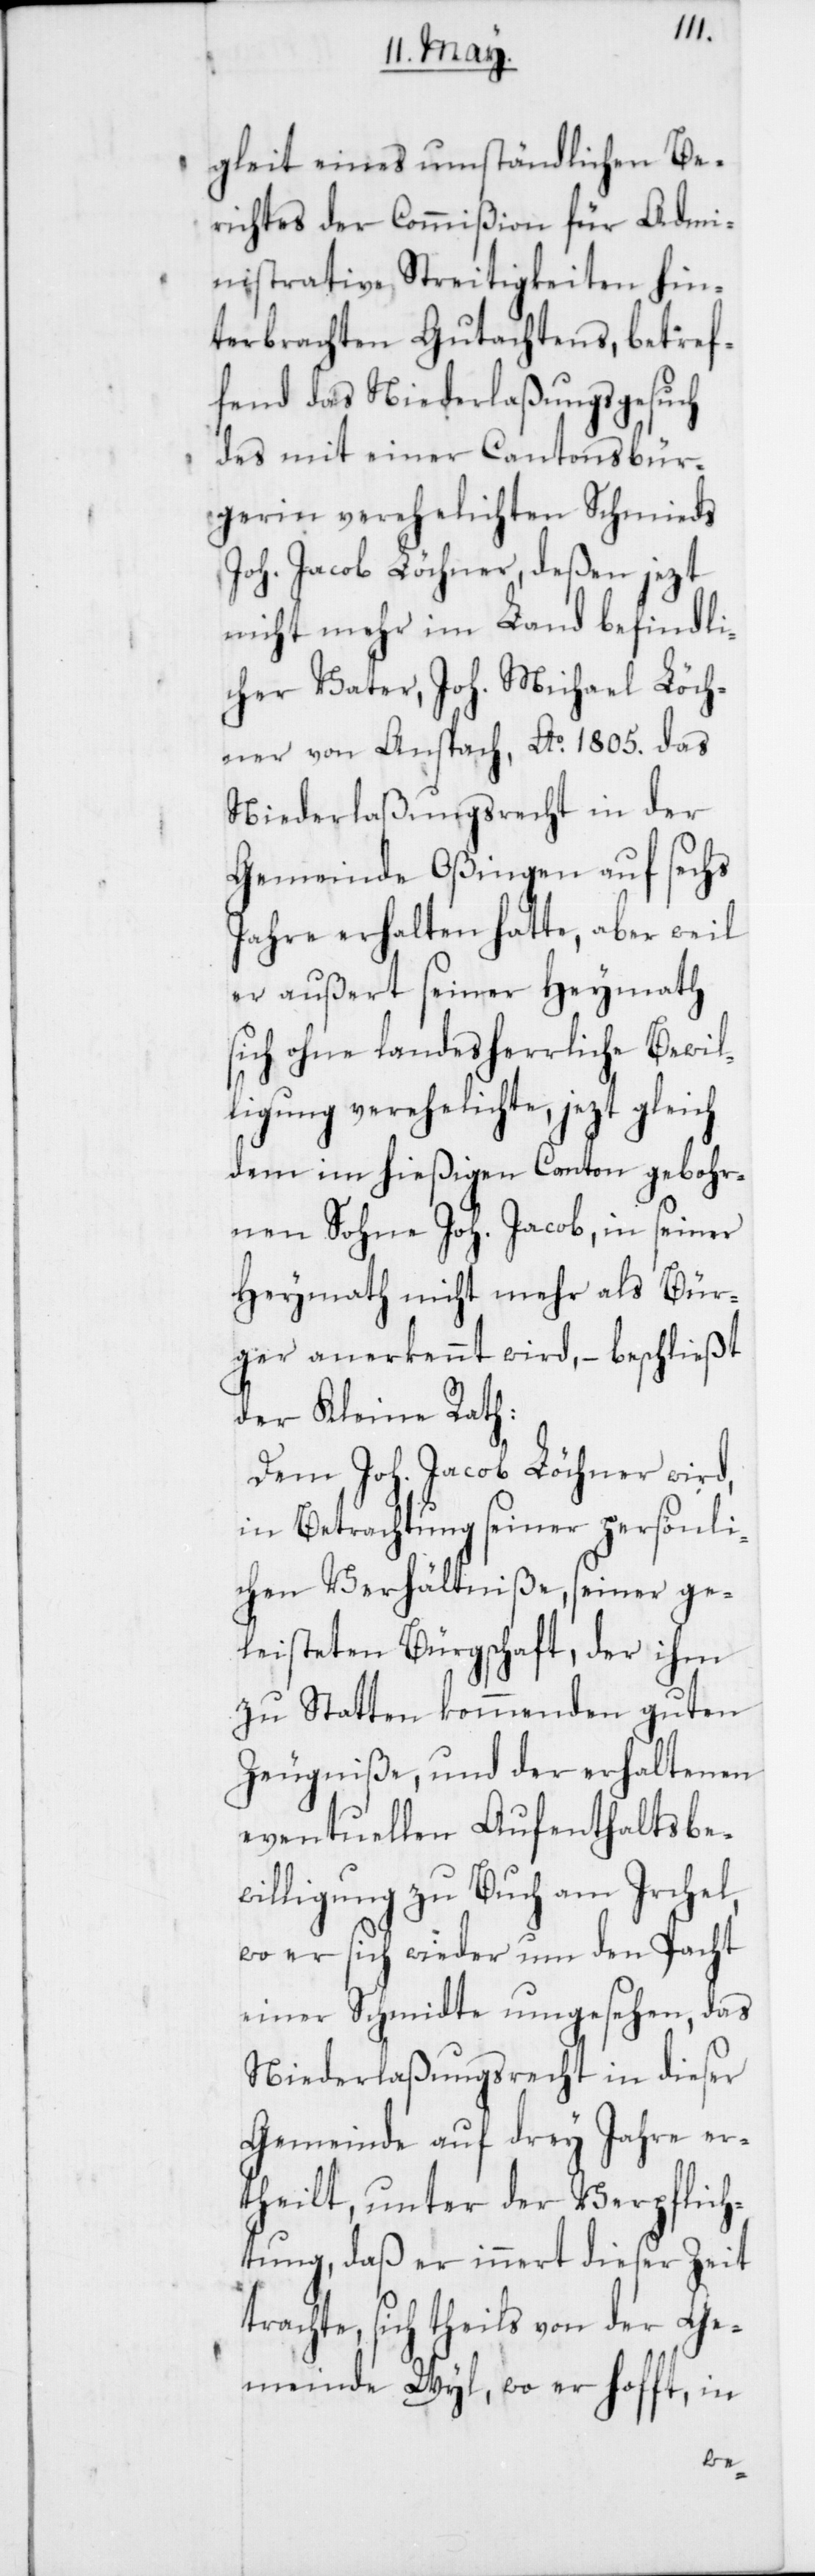
gleit eines umständlichen Be¬
richtes der Commißion für Admi¬
nistrative Streitigkeiten hin¬
terbrachten Gutachtens, betref¬
fend das Niederlaßungsgesuch
des mit einer Cantonsbür¬
gerin verehelichten Schmieds
Joh. Jacob Löchner, deßen jezt
nicht mehr im Land befindli¬
cher Vater, Joh. Michael Löch¬
ner von Anspach, Ao. 1805. das
Niederlaßungsrecht in der
Gemeinde Oßingen auf sechs
Jahre erhalten hatte, aber weil
er außert seiner Heymath
sich ohne landesherrliche Bewil¬
ligung verehelichte, jezt gleich
dem im hießigen Canton gebohr¬
nen Sohne Joh. Jacob, in seiner
Heymath nicht mehr als Bür¬
ger anerkennt wird, – beschließt
der Kleine Rath:
Dem Joh. Jacob Löchner wird,
in Betrachtung seiner persönli¬
chen Verhältniße, seiner ge¬
leisteten Bürgschaft, der ihm
zu Statten kommenden guten
Zeugniße, und der erhaltenen
eventuellen Aufenthaltsbew¬
illigung zu Buch am Irchel,
wo er sich wieder um den Pacht
einer Schmidte umgesehen, das
Niederlaßungsrecht in dieser
Gemeinde auf drey Jahre er¬
theilt, unter der Verpflich¬
tung, daß er innert dieser Zeit
trachte, sich theils von der Ge¬
meinde Wyl, wo er hofft, in